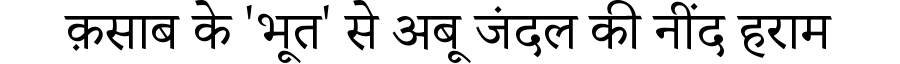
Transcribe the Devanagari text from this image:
क़साब के 'भूत' से अबू जंदल की नींद हराम